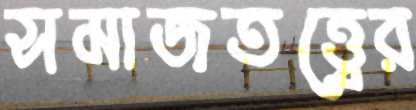
সমাজতত্ত্বের